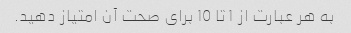
به هر عبارت از 1 تا 10 برای صحت آن امتیاز دهید.